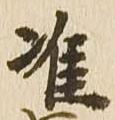
准